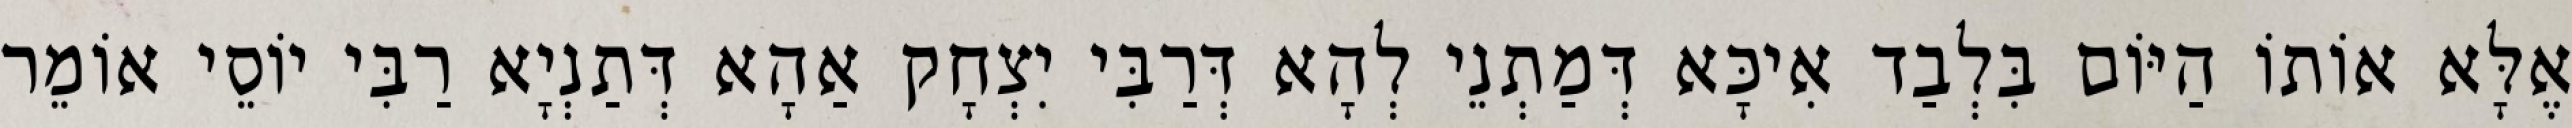
אֶלָּא אוֹתוֹ הַיּוֹם בִּלְבַד אִיכָּא דְּמַתְנֵי לְהָא דְּרַבִּי יִצְחָק אַהָא דְּתַנְיָא רַבִּי יוֹסֵי אוֹמֵר